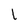
Character: 1